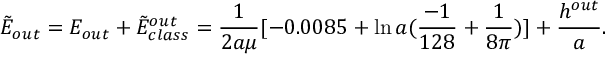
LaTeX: \tilde { E } _ { o u t } = E _ { o u t } + \tilde { E } _ { c l a s s } ^ { o u t } = \frac { 1 } { 2 a \mu } [ - 0 . 0 0 8 5 + \ln a ( \frac { - 1 } { 1 2 8 } + \frac { 1 } { 8 \pi } ) ] + \frac { h ^ { o u t } } { a } .